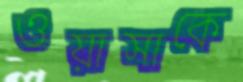
ওয়াসাকে